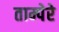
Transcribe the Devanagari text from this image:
ताम्पेरे